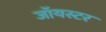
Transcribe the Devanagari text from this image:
जॉयस्टर